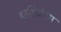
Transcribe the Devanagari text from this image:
इरुडिटोरम